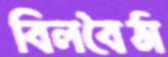
বিলবৈঠা